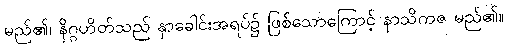
မည်၏၊ နိဂ္ဂဟိတ်သည် နှာခေါင်းအရပ်၌ ဖြစ်သောကြောင့် နာသိကဇ မည်၏။